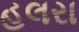
હલરા